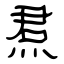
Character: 焄